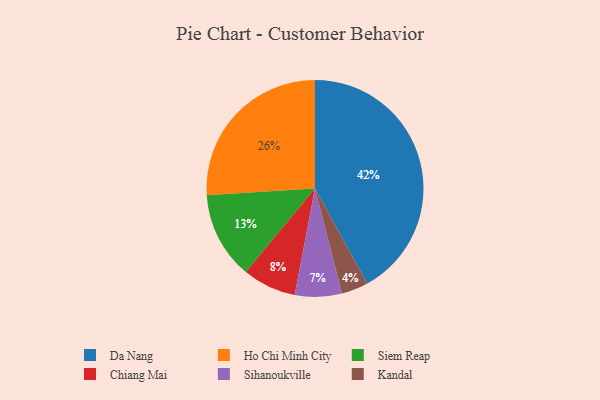
{"axis": {"x": "Category", "y": "Percentage"}, "legend": ["Chiang Mai", "Da Nang", "Ho Chi Minh City", "Kandal", "Siem Reap", "Sihanoukville"], "data": [{"x": "Ho Chi Minh City", "y": 26, "type": "Ho Chi Minh City"}, {"x": "Sihanoukville", "y": 7, "type": "Sihanoukville"}, {"x": "Siem Reap", "y": 13, "type": "Siem Reap"}, {"x": "Chiang Mai", "y": 8, "type": "Chiang Mai"}, {"x": "Kandal", "y": 4, "type": "Kandal"}, {"x": "Da Nang", "y": 42, "type": "Da Nang"}]}